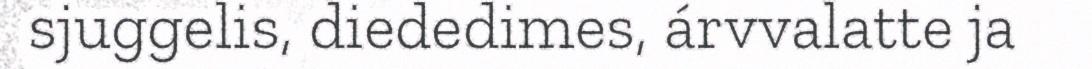
sjuggelis, diededimes, árvvalatte ja